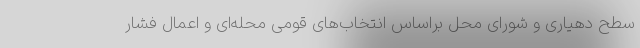
سطح دهیاری و شورای محل براساس انتخاب‌های قومی محله‌ای و اعمال فشار